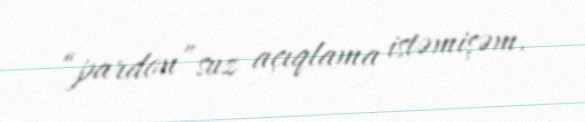
“pardon”suz açıqlama istəmişəm.